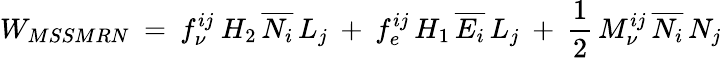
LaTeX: W_{MSSMRN}\: =\: f_{\nu}^{ij}\: H_{2}\, \overline{{{N_{i}}}}\, L_{j}\: +\: f_{e}^{ij}\, H_{1}\, \overline{{{E_{i}}}}\, L_{j}\: +\: \frac{1}{2}\, M_{\nu}^{ij}\, \overline{{{N_{i}}}}\, N_{j}